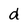
Character: d